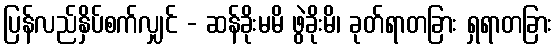
ပြန်လည်နှိပ်စက်လျှင် - ဆန်ခိုးမမိ ဖွဲခိုးမိ၊ ခုတ်ရာတခြား ရှရာတခြား